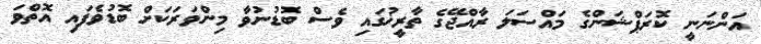
އަންނަނީ ކޮރަޕްޝަންގެ މައްސަލަ ރާއްޖޭގެ ތާރީޚުގައި ވެސް ބޮޑުނުވާ މިންވަރަކަށް ބޮޑުވެފައި އޮތްވަ